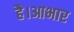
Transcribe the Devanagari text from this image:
है।आभार